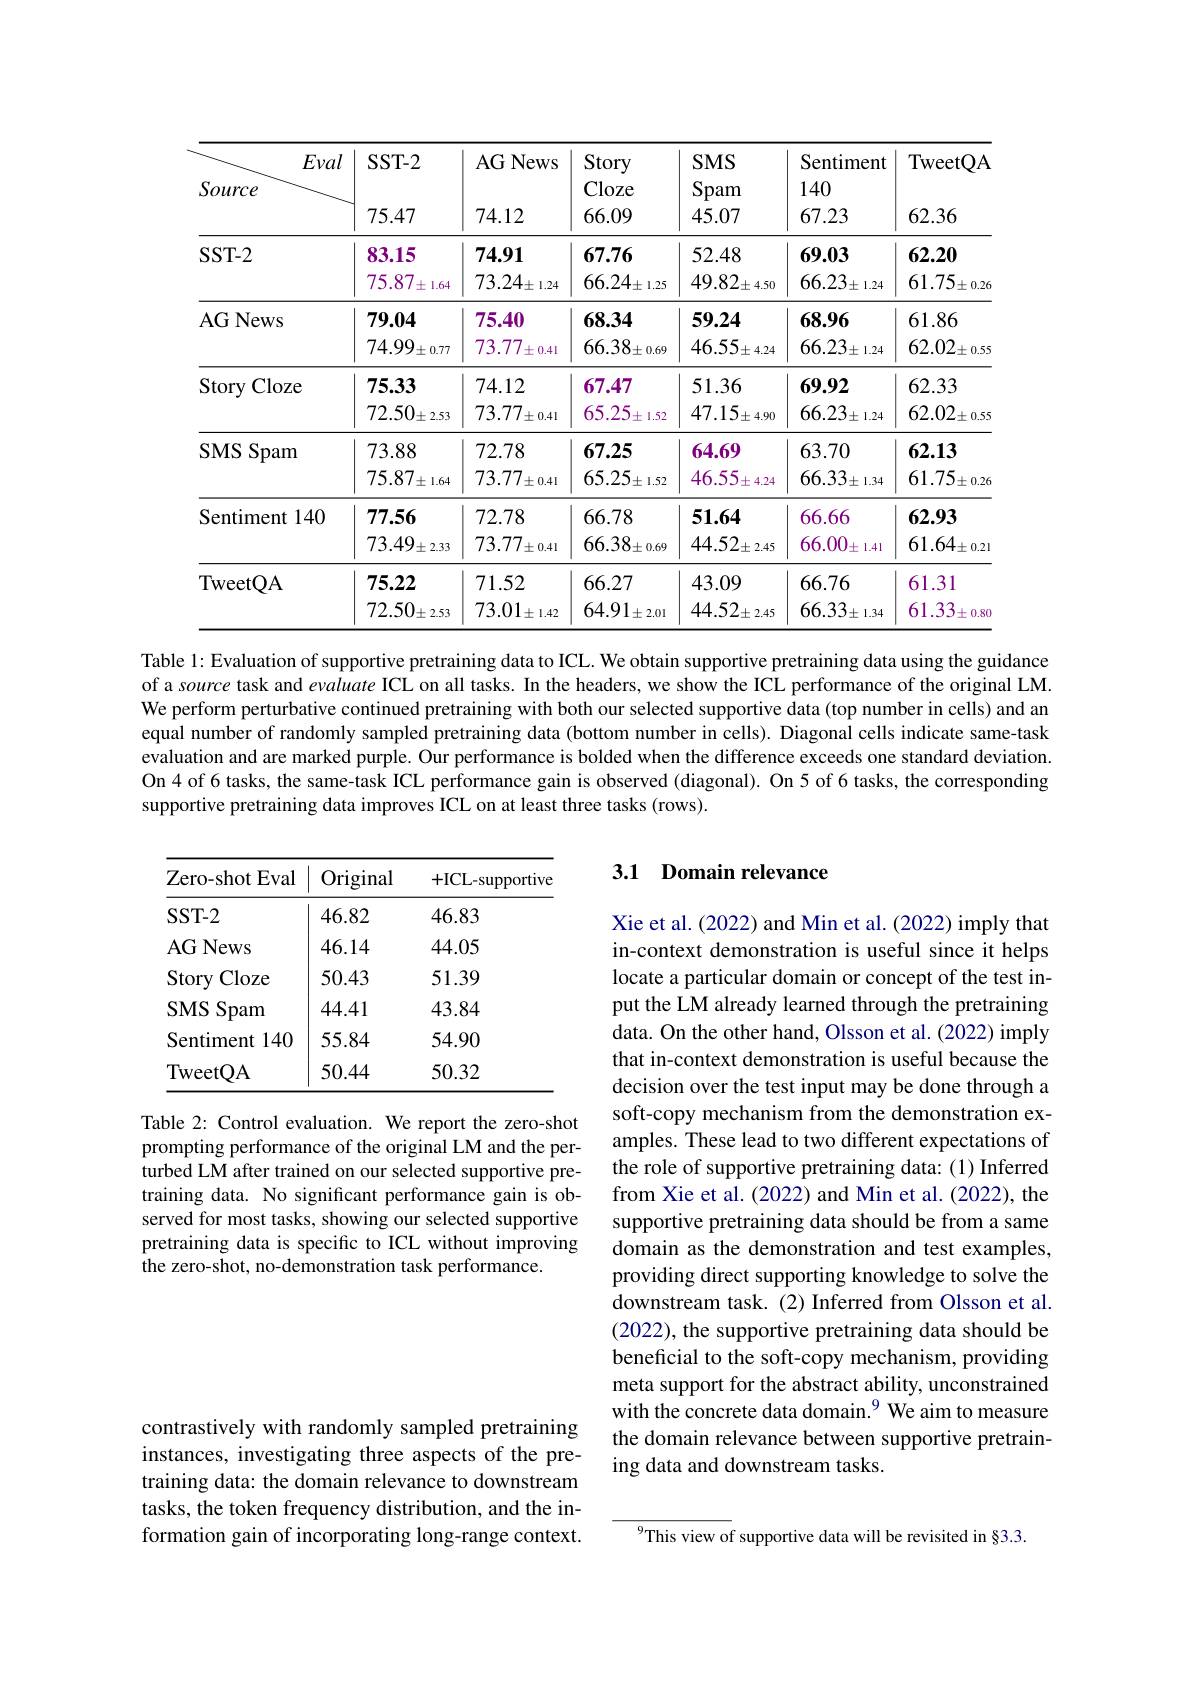
<table>
	<tbody>
		<tr>
			<th>Eval Source</th>
			<th>$SST-2$ 75.47</th>
			<th>AG News 74.12</th>
			<th>Story Cloze 66.09</th>
			<th>$SMS$ Spam 45.07</th>
			<th>Sentiment 140 67.23</th>
			<th>TweetQA 62.36</th>
		</tr>
		<tr>
			<td>$SST-2$</td>
			<td>83.15 75.87 土 1.64</td>
			<td>74.91 $73.24_{\pm1.24}$</td>
			<td>67.76 $66.24_{\pm1.25}$</td>
			<td>52.48 $49.82_{\pm\:4.50}$</td>
			<td>69.03 $66.23_{\pm1.24}$</td>
			<td>62.20 $61.75_{\pm0.2\epsilon}$</td>
		</tr>
		<tr>
			<td>AG News</td>
			<td>79.04 $74.99_{\pm0.77}$</td>
			<td>75.40 73.77 0.41 土</td>
			<td>68.34 $66.38_{\pm0.69}$</td>
			<td>59.24 $46.55_{\pm\:4.24}$</td>
			<td>68.96 $66.23_{\pm1.24}$</td>
			<td>61.86 $62.02_{\pm0.59}$</td>
		</tr>
		<tr>
			<td>Story Cloze</td>
			<td>75.33 $72.50_{\pm2.53}$</td>
			<td>74.12 $73.77_{\pm0.41}$</td>
			<td>67.47 65.25 土 1.52</td>
			<td>51.36 $47.15_{\pm4.90}$</td>
			<td>69.92 $66.23_{\pm1.24}$</td>
			<td>62.33 $62.02_{\pm0.59}$</td>
		</tr>
		<tr>
			<td>$SMS$ Spam </td>
			<td>73.88 $75.87\pm1.64$</td>
			<td>72.78 $73.77_{\pm0.41}$</td>
			<td>67.25 $65.25_{\pm1.52}$</td>
			<td>64.69 46.55 土 4.24</td>
			<td>63.70 $66.33_{\pm1.34}$</td>
			<td>62.13 $61.75_{\pm0.2\epsilon}$</td>
		</tr>
		<tr>
			<td>Sentiment t140</td>
			<td>77.56 $73.49_{\pm2.33}$</td>
			<td>72.78 $73.77_{\pm0.41}$</td>
			<td>66.78 $66.38_{\pm0.69}$</td>
			<td>51.64 $44.52_{\pm\:2.45}$</td>
			<td>66.66 66.00 士 1.41</td>
			<td>62.93 $61.64_{\pm0.2\mathbf{I}}$</td>
		</tr>
		<tr>
			<td>TweetQA</td>
			<td>75.22 $72.50_{\pm2.53}$</td>
			<td>71.52 $73.01_{\pm1.42}$</td>
			<td>66.27 $64.91_{\pm2.01}$</td>
			<td>43.09 $44.52_{\pm\:2.45}$</td>
			<td>66.76 $66.33_{\pm1.34}$</td>
			<td>61.31 61.33 土 0.8(</td>
		</tr>
	</tbody>
</table>

Table 1: Evaluation of supportive pretraining data to ICL. We obtain supportive pretraining data using the guidance of a source task and evaluate ICL on all tasks. In the headers, we show the ICL performance of the original LM. We perform perturbative continued pretraining with both our selected supportive data (top number in cells) and an equal number of randomly sampled pretraining data (bottom number in cells). Diagonal cells indicate same-task evaluation and are marked purple. Our performance is bolded when the difference exceeds one standard deviation. On 4 of 6 tasks, the same-task ICL performance gain is observed (diagonal). On 5 of 6 tasks, the corresponding supportive pretraining data improves ICL on at least three tasks (rows).

## 3.1 Domain relevance

<table>
	<tbody>
		<tr>
			<th>Zero-shot Eval</th>
			<th>Original</th>
			<th>+ICL-supportive</th>
		</tr>
		<tr>
			<td>$SST-2$</td>
			<td>46.82</td>
			<td>46.83</td>
		</tr>
		<tr>
			<td>AG News</td>
			<td>46.14</td>
			<td>44.05</td>
		</tr>
		<tr>
			<td>Story Cloze</td>
			<td>50.43</td>
			<td>51.39</td>
		</tr>
		<tr>
			<td>$SMS$ Spam</td>
			<td>44.41</td>
			<td>43.84</td>
		</tr>
		<tr>
			<td>Sentiment 140</td>
			<td>55.84</td>
			<td>54.90</td>
		</tr>
		<tr>
			<td>TweetQA</td>
			<td>50.44</td>
			<td>50.32</td>
		</tr>
	</tbody>
</table>

Table 2: Control evaluation. We report the zero-shot prompting performance of the original LM and the perturbed LM after trained on our selected supportive pretraining data. No significant performance gain is observed for most tasks, showing our selected supportive pretraining data is specific to ICL without improving the zero-shot, no-demonstration task performance.

Xie et al. (2022) and Min et al. (2022) imply that in-context demonstration is useful since it helps locate a particular domain or concept of the test input the LM already learned through the pretraining data. On the other hand, Olsson et al. (2022) imply that in-context demonstration is useful because the decision over the test input may be done through a soft-copy mechanism from the demonstration examples. These lead to two different expectations of the role of supportive pretraining data: (1) Inferred from Xie et al. (2022) and Min et al. (2022), the supportive pretraining data should be from a same domain as the demonstration and test examples, providing direct supporting knowledge to solve the downstream task.(2) Inferred from Olsson et al. (2022), the supportive pretraining data should be beneficial to the soft-copy mechanism, providing meta support for the abstract ability, unconstrained with the concrete data domain.$^{9}$ We aim to measure the domain relevance between supportive pretraining data and downstream tasks.

contrastively with randomly sampled pretraining instances, investigating three aspects of the pretraining data: the domain relevance to downstream tasks, the token frequency distribution, and the information gain of incorporating long-range context.

$^{9}$This view of supportive data will be revisited in §3.3.